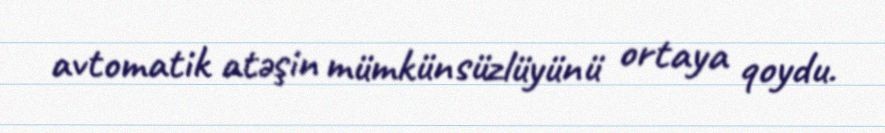
avtomatik atəşin mümkünsüzlüyünü ortaya qoydu.